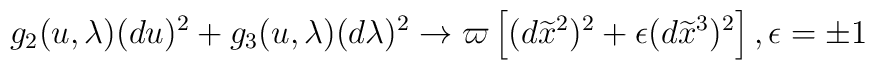
g_{2}(u,\lambda )(du)^{2}+g_{3}(u,\lambda )(d\lambda )^{2}\rightarrow \varpi\left[ (d\widetilde{x}^{2})^{2}+\epsilon (d\widetilde{x}^{3})^{2}\right],\epsilon =\pm 1